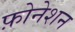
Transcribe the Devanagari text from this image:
फ़ोनेशन